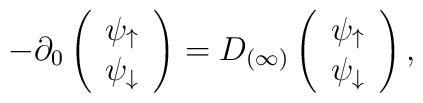
-\partial_0 \left( \begin{array}{c}     \psi_\uparrow  \\ \psi_\downarrow \end{array} \right)=D_{(\infty)} \left( \begin{array}{c}     \psi_\uparrow  \\ \psi_\downarrow \end{array} \right),